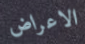
الاعراض